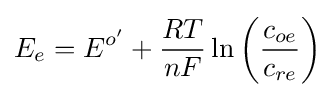
E_{e}=E^{o'}+{\frac {RT}{nF}}\ln \left({\frac {c_{oe}}{c_{re}}}\right)